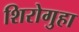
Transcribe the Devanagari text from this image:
शिरोगुहा